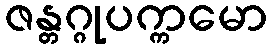
ဇန္တဂ္ဂုပက္ကမော